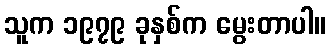
သူက ၁၉၇၉ ခုနှစ်က မွေးတာပါ။